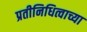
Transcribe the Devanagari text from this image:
प्रतीनिधित्वाच्या